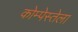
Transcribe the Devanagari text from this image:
कोम्पेस्तेला